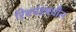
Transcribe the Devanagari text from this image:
रिचमंडमधील